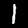
Digit: 1